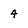
Character: 4